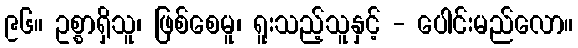
၉၆။ ဥစ္စာရှိသူ၊ ဖြစ်စေမူ၊ ရူးသည့်သူနှင့် - ပေါင်းမည်လော။